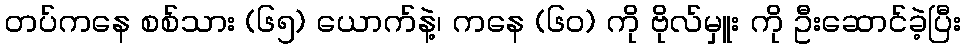
တပ်ကနေ စစ်သား (၆၅) ယောက်နဲ့၊ ကနေ (၆ဝ) ကို ဗိုလ်မှူး ကို ဦးဆောင်ခဲ့ပြီး